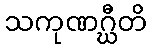
သကုဏဂ္ဃီတိ